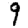
Digit: 9